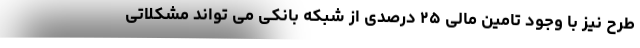
طرح نیز با وجود تامین مالی ۲۵ درصدی از شبکه بانکی می تواند مشکلاتی